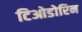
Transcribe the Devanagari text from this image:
टिओडोरिन